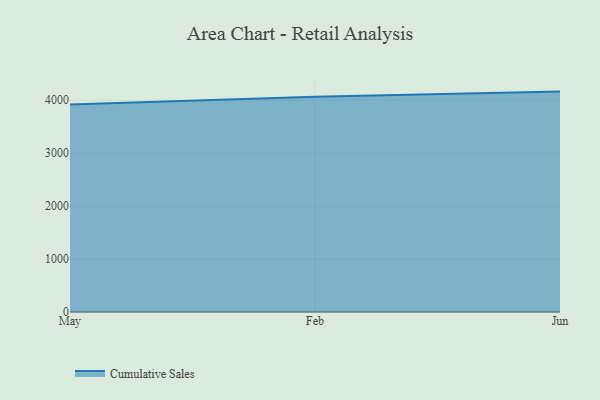
{"axis": {"x": "Month", "y": "Net Income (USD K)"}, "legend": ["Cumulative Sales"], "data": [{"x": "May", "y": 3919.5, "type": "Cumulative Sales"}, {"x": "Feb", "y": 4065.4, "type": "Cumulative Sales"}, {"x": "Jun", "y": 4163.8, "type": "Cumulative Sales"}]}